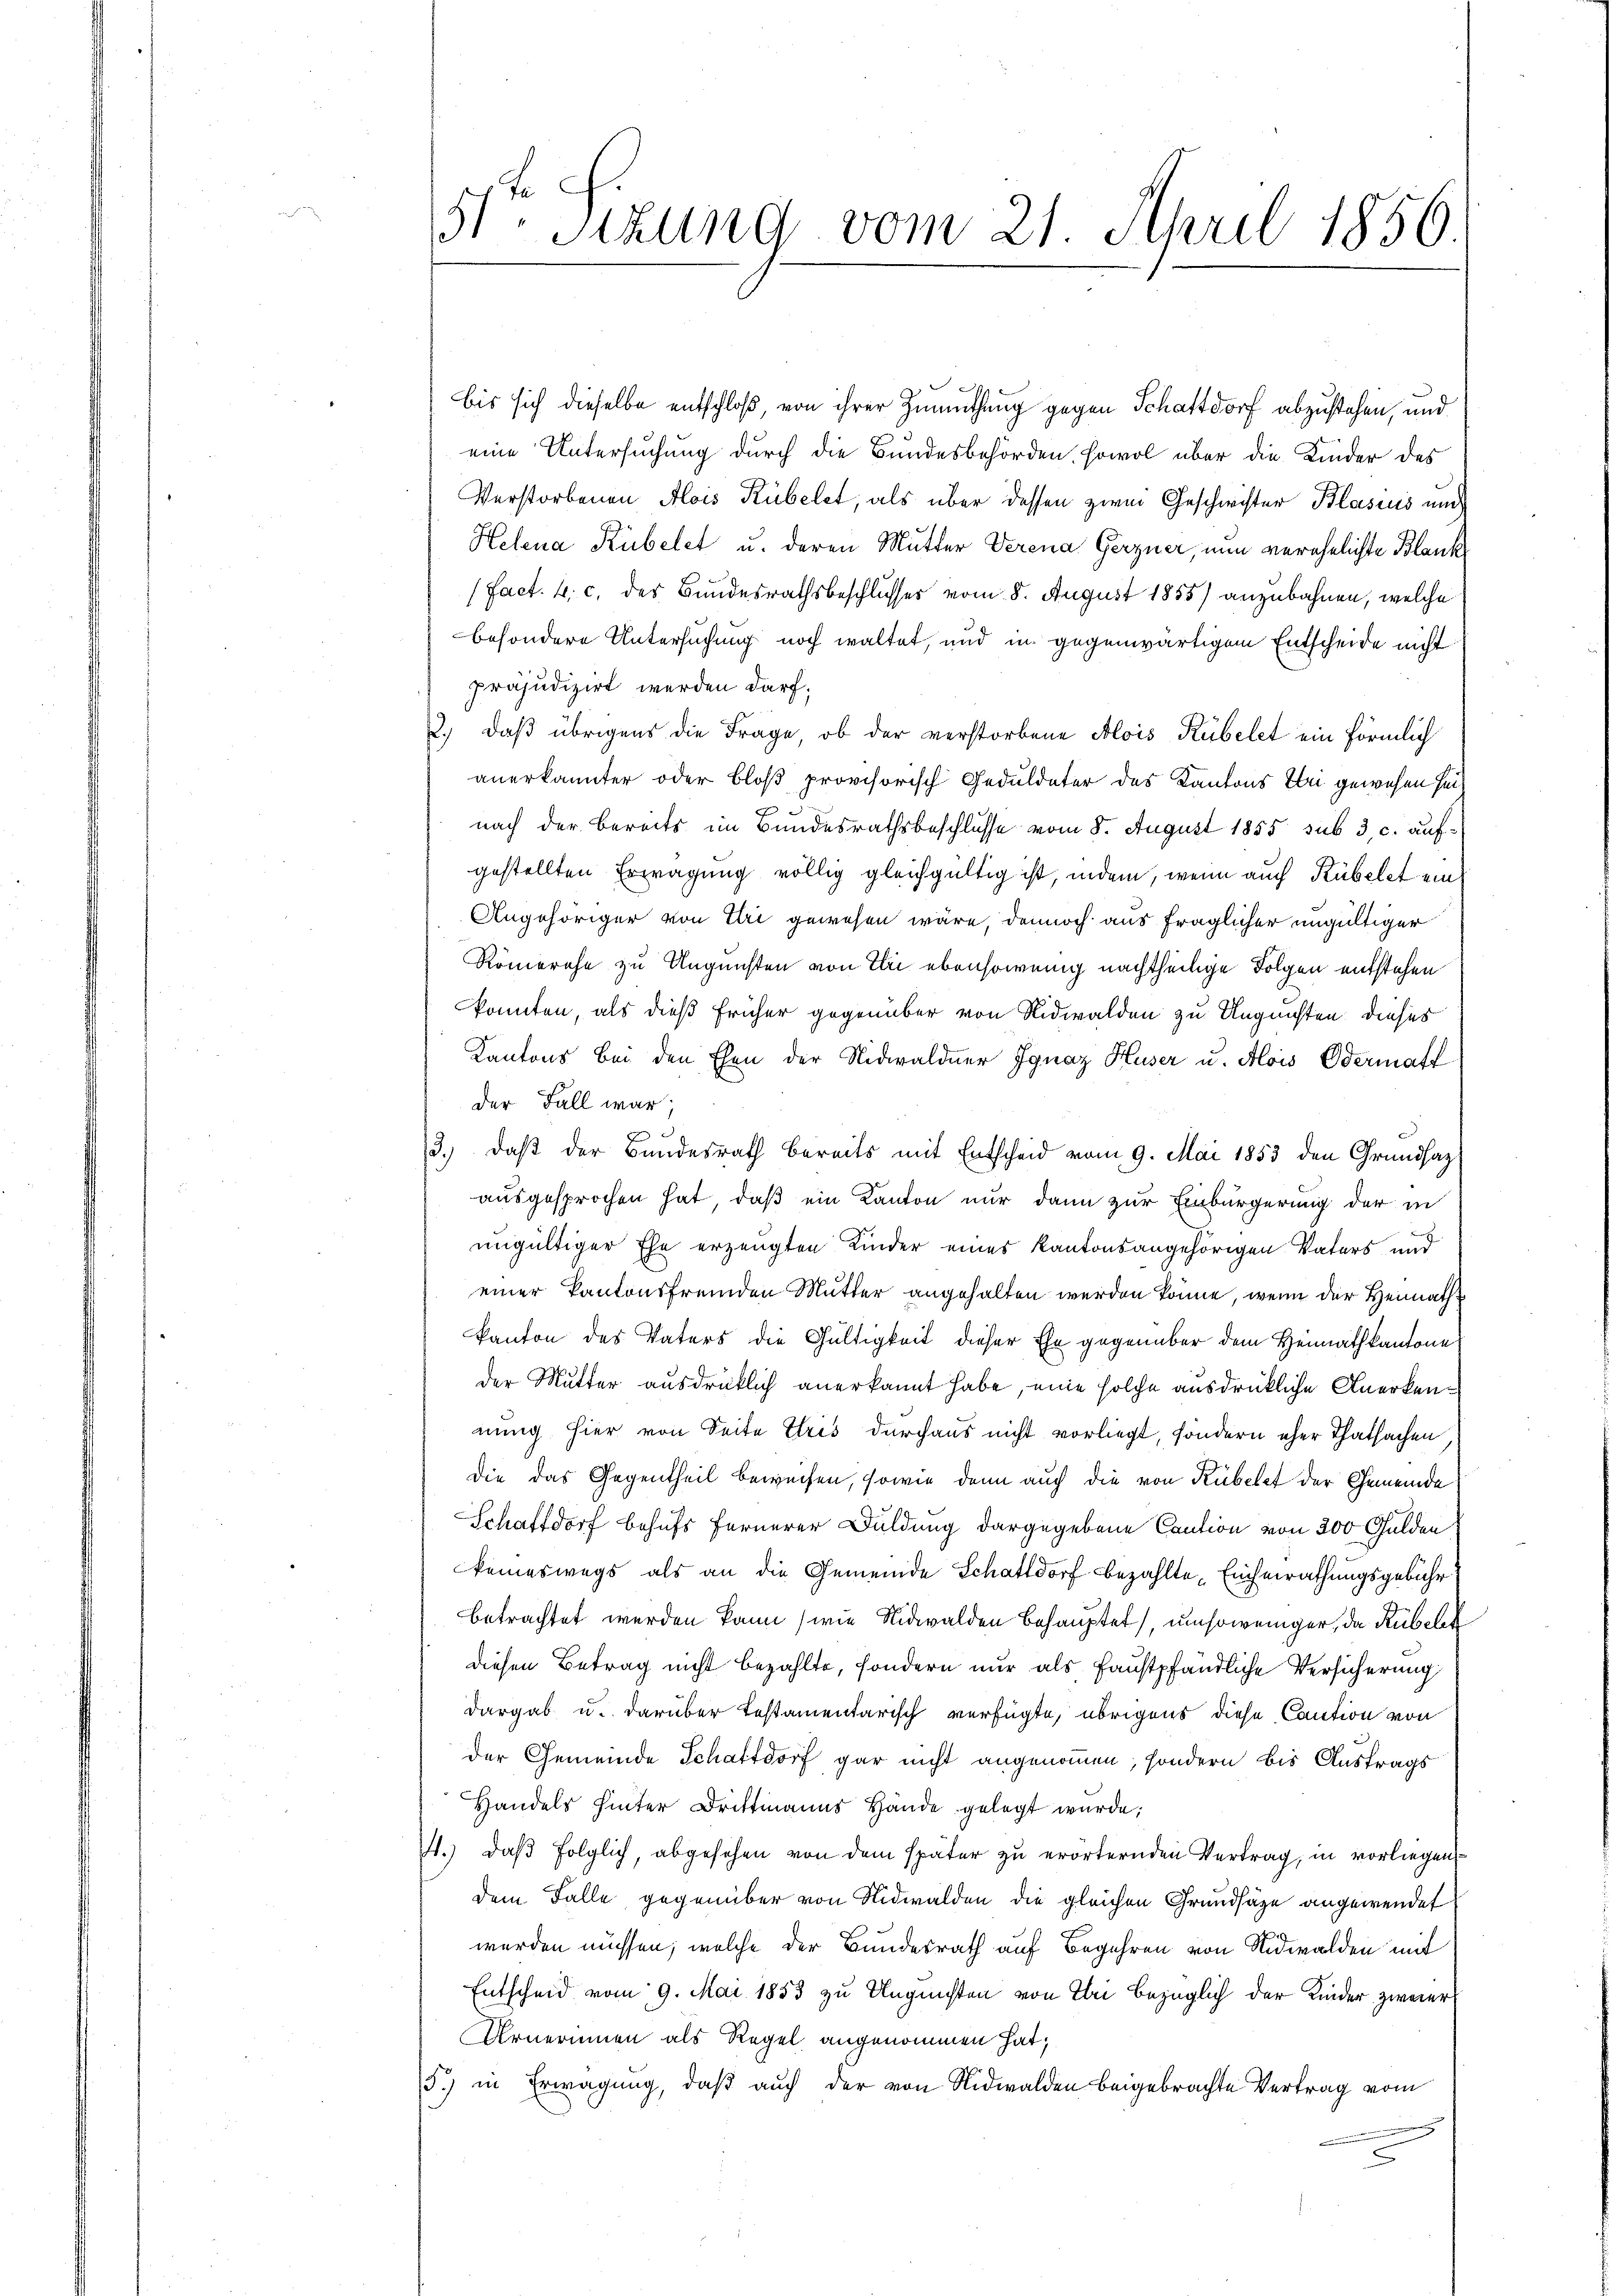
51 Sizung vom 21. April 1856.

bis sich dieselbe entschloß, von ihrer Zumuthung gegen Schattdorf abzustehen, und
eine Untersuchung durch die Bundesbehörden, sowol über die Kinder des
Verstorbenen Alois Rübelet, als über dessen zwei Geschwister Blasius und
Helena Kübelet u. deren Mutter Verena Gerzner, nun verehelichte Blank
(Fact. 4 c. des Bundesrathsbeschlusses vom 8. August 1855) anzubahnen, welche
besondere Untersuchung noch waltet, und in gegenwärtigem Entscheide nicht
präjudizirt werden darf,
2., daß übrigens die Frage, ob der verstorbene Alois Rübelet ein förmlich
anerkannter oder bloß provisorisch Geduldeter des Kantons bei gewesen sei
nach der bereits im Bundesrathsbeschlusse vom 8. August 1855 sub 3, c. auf:
gestellten Erwägung völlig gleichgültig ist, indem, wenn auch Rübelst ein
Angehöriger von Uri gewesen wäre, dennoch aus fraglicher ungültiger
Römerche zu Ungunsten von Elie ebensowenig nachtheilige Folgen entstehen
konnten, als dieß früher gegenüber von Nidwalden zu Auguichten dieses
Kantons Bei den Ehen der Nidwaldner Ignaz Huser u. Alois Odermaff
der Fall war;
3.) Daß der Bundesrath bereits mit Entscheid vom 9. Mai 1853 den Grundsaz
ausgesprochen hat, daß ein Kanton nur dann zur Einbürgerung der in
ungültiger Ehe erzeugten Kinder eines Kantonsangehörigen Vaters, und
einer Kantonsfremden Mutter angehalten werden könne, wenn der Heimath
kanton des Vaters die Gültigkeit dieser Ehe gegenüber dem Heimathkantone
der Mutter ausdrücklich anerkannt habe, eine solche ausdrückliche Anerkennung hier von Seite Eris durchaus nicht vorliegt, sondern eher Thatsachen
die das Gegentheil beweisen, sowie dann auch die von Rübelt der Gemeinde
Schaftdorf behufs Fernerer Duldung dargegebene Caution von 300 Gulden
keineswegs als an die Gemeinde Schattdorf bezahlte Einheirathungsgebühr
betrachtet werden kann (wie Nidwalden behauptet, umsoweniger, da Rübele
diesen Betrag nicht bezahlte, sondern nur als Faustpfändliche Versicherung
Dargab u. darüber testamentarisch verfügte, übrigens diese Caution von
der Gemeinde Schattdorf gar nicht angenommen, sondern bis Austrags
Handels hinter Drittmanns Hände gelegt wurde;
4.) Daß folglich, abgesehen von dem später zu erörternden Vertrag, in vorliegendem Falle gegenüber von Nidwalden die gleichen Grundsäge angewendet
werden müssen, welche der Bundesrath auf Begehren von Nidwalden mit
Entscheid vom 9. Mai 1853 zu Ungünsten von Tei bezüglich der Kinder zweier
Urnerinnen als Regel angenommen hat;
5.) in Erwägung, daß auch der von Nidwalden beigebrachte Vertrag vom